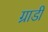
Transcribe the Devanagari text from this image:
ग्राडी